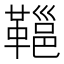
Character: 𩌋